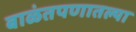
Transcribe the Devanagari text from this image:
बाळंतपणातल्या